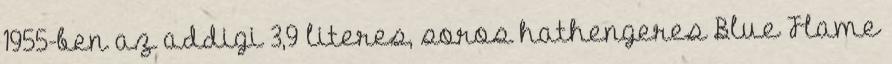
1955-ben az addigi 3,9 literes, soros hathengeres Blue Flame